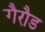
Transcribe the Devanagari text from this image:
गैरौड